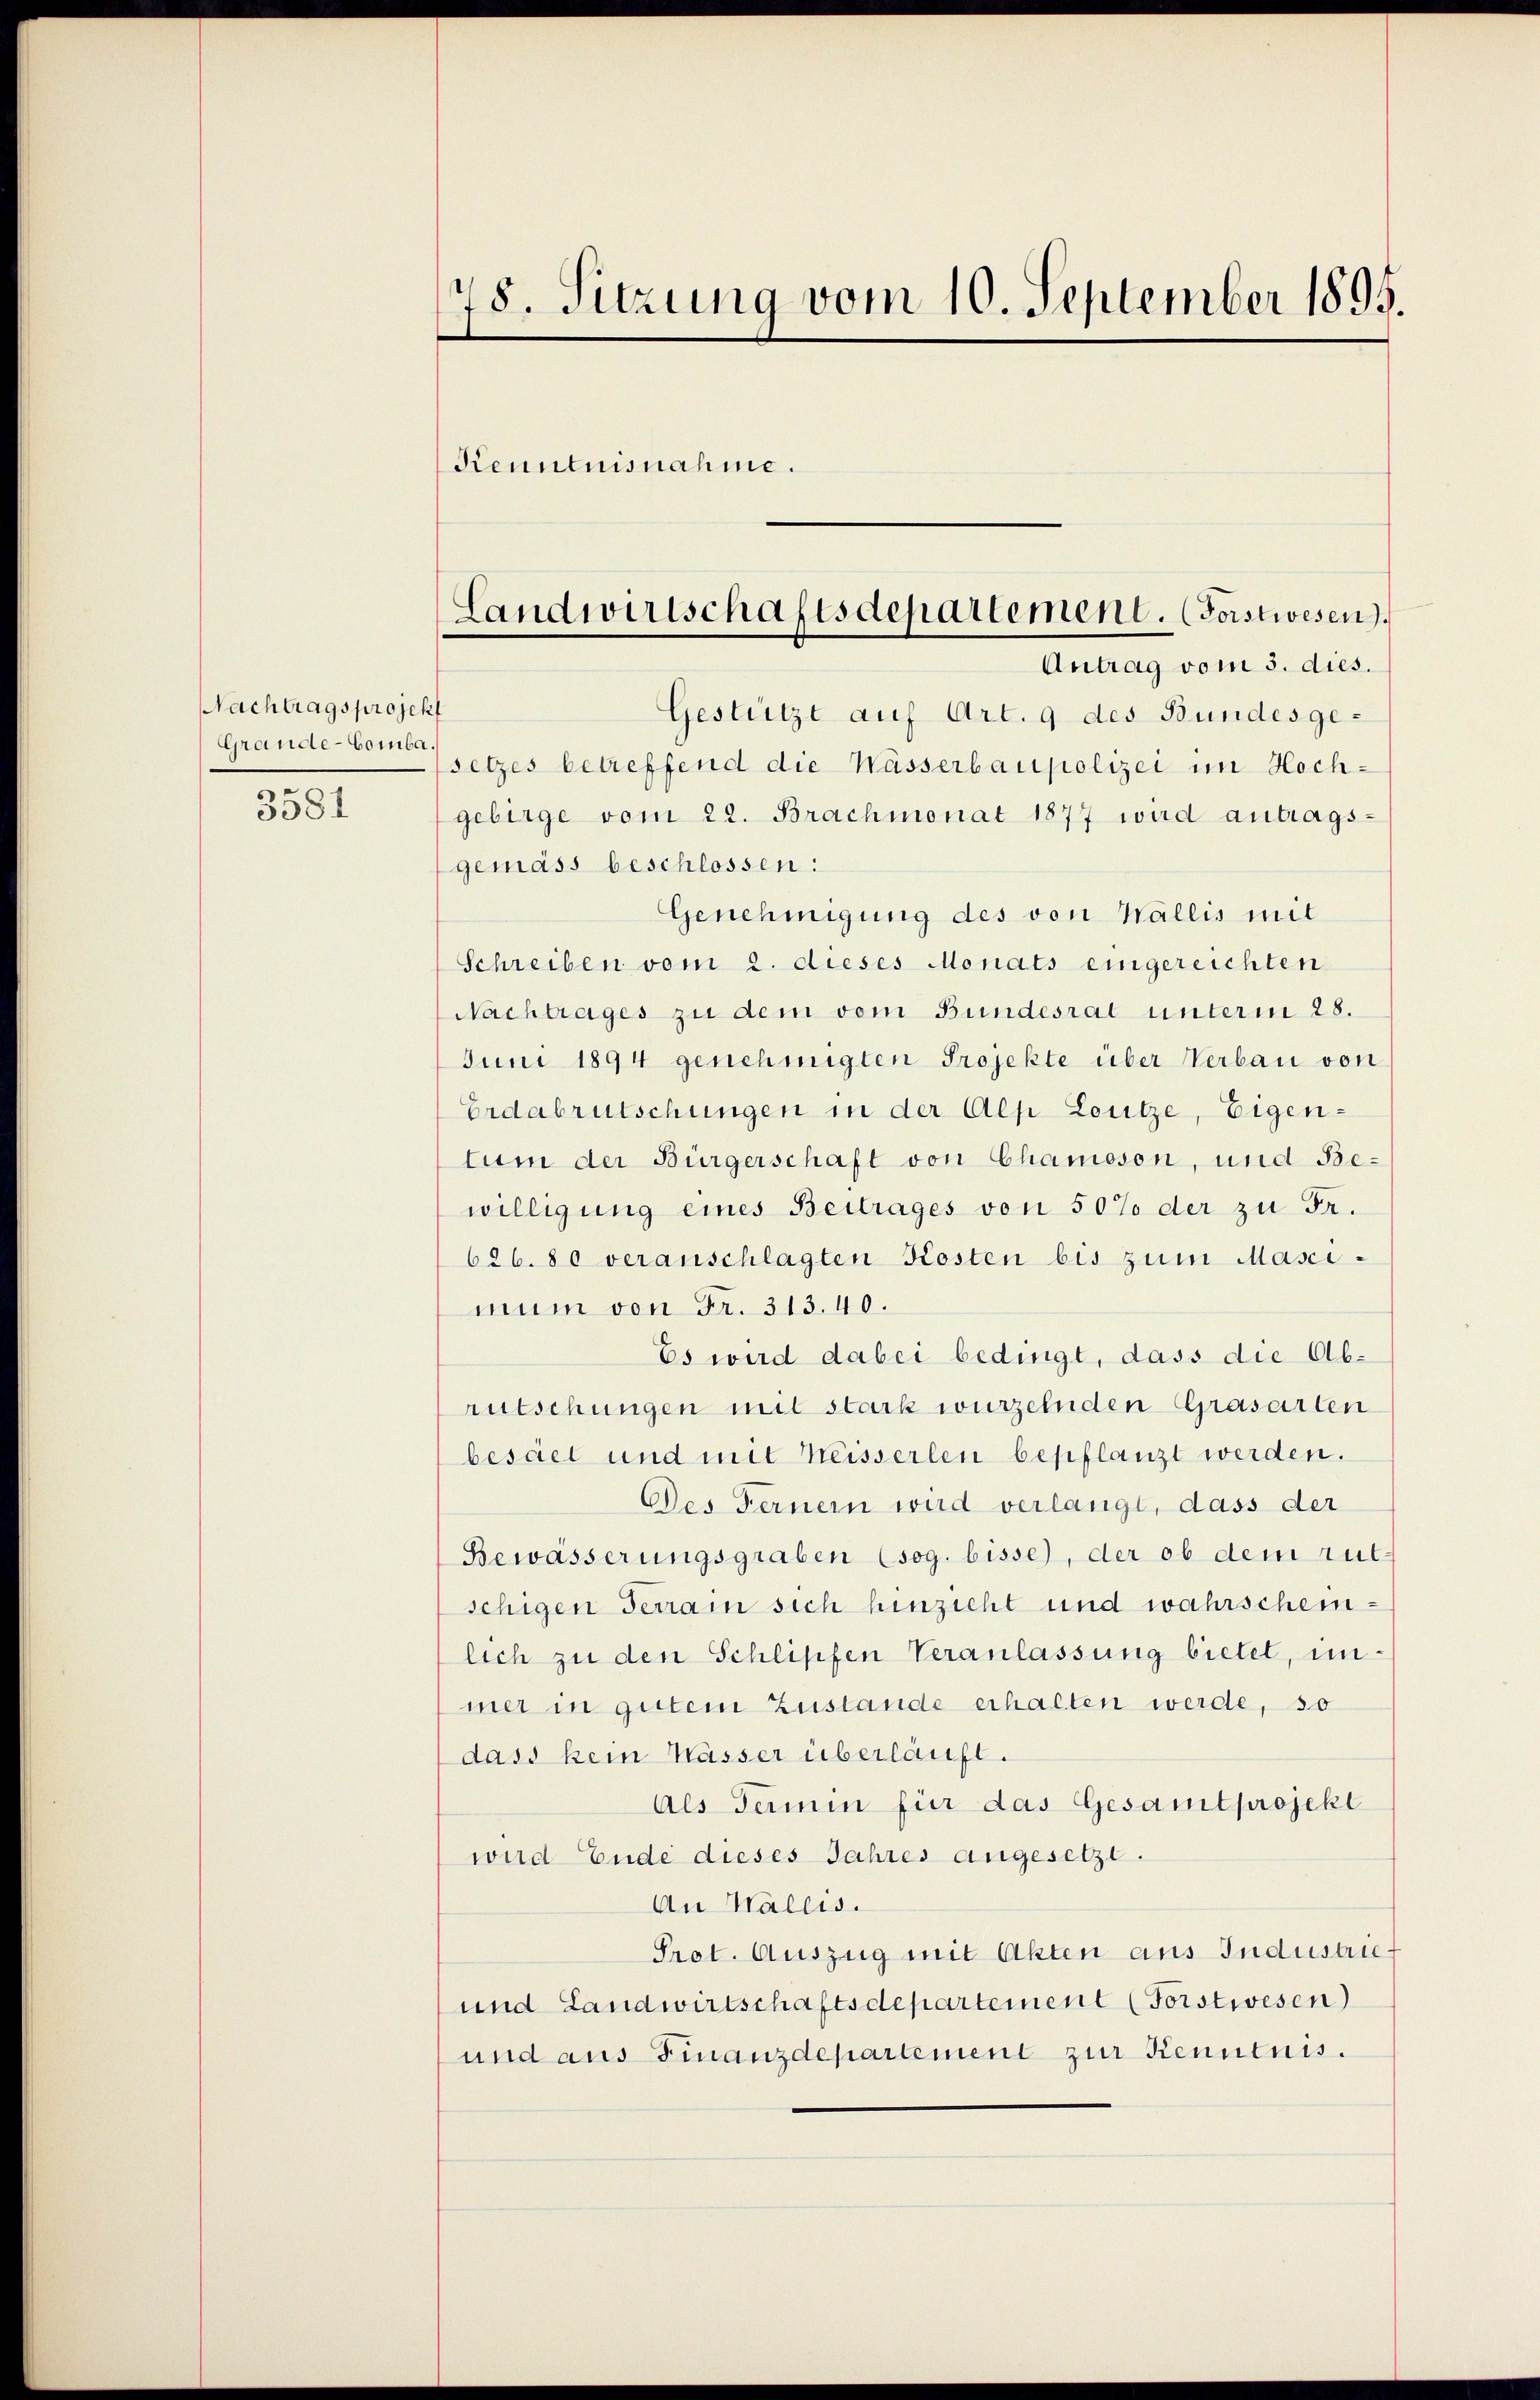
Nachtragsprojekt
Grande-Comba.
3581

78. Sitzung vom 10. September 1895
Kenntnisnahme.

Gestützt auf Art. 9 des Bundesgesetzes betreffend die Wässerbaupolizei im Hochgebirge vom 22. Brachmonat 1877 wird antrags-
gemäss beschlossen:
Genehmigung des von Wallis mit
Schreiben vom 2. dieses Monats eingereichten
Nachtrages zu dem vom Bundesrat unterm 28.
Juni 1894 genehmigten Projekte über Verbau von
Erdabrutschungen in der Alp Loutze, Eigen-
tum der Bürgerschaft von Chamoson, und Be-
willigung eines Beitrages von 50% der zu Fr.
626. 80 veranschlagten Kosten bis zum Masci-
mum von Fr. 313.40.
Es wird dabei bedingt, dass die Abrutschungen mit stark wurzelnden Grasarten
besäet und mit Weisserlen bepflanzt werden.
Des Ferner wird verlangt, dass der
Bewässerungsgraben (sog. bisse), der ob dem rut
schigen Terrain sich hinzieht und wahrscheinlich zu den Schlipfen Veranlassung bietet, unmer in gutem Zustande erhalten werde, so
dass kein Wässer überläuft.
Als Termin für das Gesamtprojekt
wid Ende dieses Jahres angesetzt.
An Wallis.
Prot. Auszug mit Akten aus Industries
und Landwirtschaftsdepartement (Forstwesen
und aus Finanzdepartement zur Kenntnis.

Landwirtschaftsdepartement. (Forstwesen.
Antrag vom 5. dies.